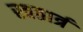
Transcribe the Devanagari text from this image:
स्वतार्त्र